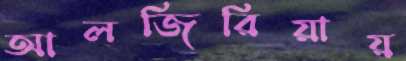
আলজিরিয়ায়